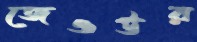
জেওউর